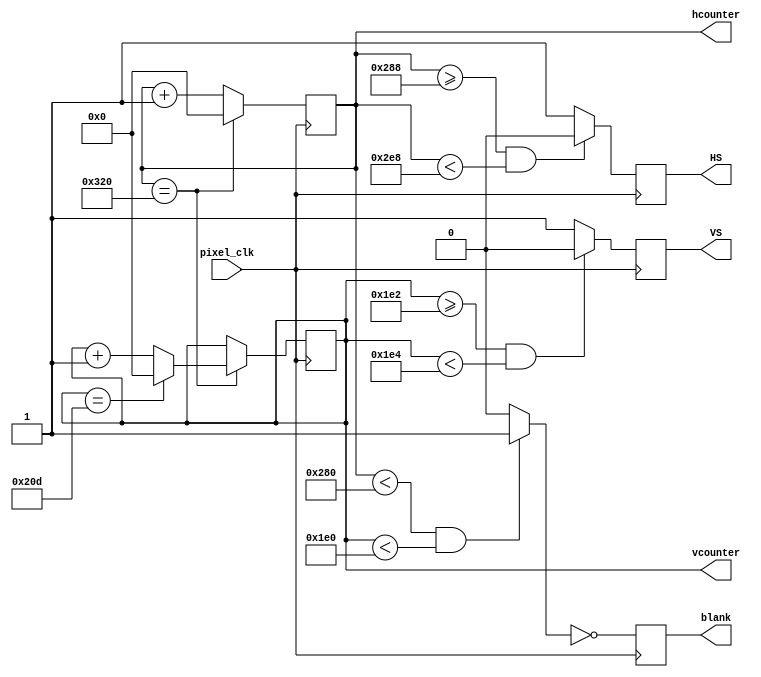
`timescale 1ns / 1ps

// Generate HS, VS signals from pixel clock.
// hcounter & vcounter are the index of the current pixel 
// origin (0, 0) at top-left corner of the screen
// valid display range for hcounter: [0, 640)
// valid display range for vcounter: [0, 480)
module vga_controller_640_60 (pixel_clk,HS,VS,hcounter,vcounter,blank);

	input pixel_clk;
	output HS, VS, blank;
	output [10:0] hcounter, vcounter;

	parameter HMAX = 800; // maximum value for the horizontal pixel counter
	parameter VMAX = 525; // maximum value for the vertical pixel counter
	parameter HLINES = 640; // total number of visible columns
	parameter HFP = 648; // value for the horizontal counter where front porch ends
	parameter HSP = 744; // value for the horizontal counter where the synch pulse ends
	parameter VLINES = 480; // total number of visible lines
	parameter VFP = 482; // value for the vertical counter where the front porch ends
	parameter VSP = 484; // value for the vertical counter where the synch pulse ends
	parameter SPP = 0;


	wire video_enable;
	reg HS,VS,blank;
	reg [10:0] hcounter,vcounter;

	always@(posedge pixel_clk)begin
		blank <= ~video_enable; 
	end

	always@(posedge pixel_clk)begin
		if (hcounter == HMAX) hcounter <= 0;
		else hcounter <= hcounter + 1;
	end

	always@(posedge pixel_clk)begin
		if(hcounter == HMAX) begin
			if(vcounter == VMAX) vcounter <= 0;
			else vcounter <= vcounter + 1; 
		end
	end

	always@(posedge pixel_clk)begin
		if(hcounter >= HFP && hcounter < HSP) HS <= SPP;
		else HS <= ~SPP; 
	end

	always@(posedge pixel_clk)begin
		if(vcounter >= VFP && vcounter < VSP) VS <= SPP;
		else VS <= ~SPP; 
	end

	assign video_enable = (hcounter < HLINES && vcounter < VLINES) ? 1'b1 : 1'b0;

endmodule


// top module that instantiate the VGA controller and generate images
module vga(
    input wire CLK100MHZ,
    input [9:0] movementData,
    output reg [3:0] VGA_R,
    output reg [3:0] VGA_G,
    output reg [3:0] VGA_B,
    output wire VGA_HS,
    output wire VGA_VS
    );

reg pclk_div_cnt;
reg pixel_clk;
wire [10:0] vga_hcnt, vga_vcnt;
wire vga_blank;
reg [10:0] h_min, h_max, v_min, v_max;
reg direction_x,direction_y;
reg signed [11:0] movement_x,movement_y;
reg [15:0] delay_counter;
wire refresh_tick;


initial begin
h_min = 300;
h_max = 340;
v_min = 220;
v_max = 260;
end

// Clock divider. Generate 25MHz pixel_clk from 100MHz clock.
always @(posedge CLK100MHZ) begin
    pclk_div_cnt <= !pclk_div_cnt;
    if (pclk_div_cnt == 1'b1) pixel_clk <= !pixel_clk;
end



// Instantiate VGA controller
vga_controller_640_60 vga_controller(
    .pixel_clk(pixel_clk),
    .HS(VGA_HS),
    .VS(VGA_VS),
    .hcounter(vga_hcnt),
    .vcounter(vga_vcnt),
    .blank(vga_blank)
);
//extends data to work with twos complement addition

// Generate figure to be displayed
// Decide the color for the current pixel at index (hcnt, vcnt).
// This example displays an white square at the center of the screen with a colored checkerboard background.
assign refresh_tick = (vga_vcnt == 481 && vga_hcnt == 0) ? 1:0;

always @(posedge refresh_tick) begin 
        h_min = h_min - movement_y;
        h_max = h_max - movement_y;
        v_min = v_min - movement_x;
        v_max = v_max - movement_x;
end

always @(*) begin
    // Set pixels to black during Sync. Failure to do so will result in dimmed colors or black screens.
     
    if (vga_blank) begin 
        VGA_R = 0;
        VGA_G = 0;
        VGA_B = 0;
    end
    else begin  // Image to be displayed
        // Default values for the checkerboard background
       // Default values for the checkerboard background
       
movement_x = (movementData[9] == 1'b0) ? {{7{1'b0}}, movementData[8:5]} : -(16-movementData[8:5]);
movement_y = (movementData[4] == 1'b0) ? {{7{1'b0}}, movementData[3:0]} : -(16-movementData[3:0]);


        // White square at the center
        if ((vga_hcnt >= (h_min - movement_y) && vga_hcnt <= (h_max - movement_y)) &&
            (vga_vcnt >= (v_min - movement_x) && vga_vcnt <= (v_max - movement_x))) begin
            VGA_R = 4'hf;
            VGA_G = 4'hf;
            VGA_B = 4'hf;
        end
        
    end
end

endmodule